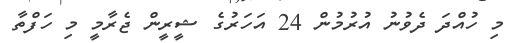
މި ހުއްދަ ދެވުނު އުރުމުން 24 އަހަރުގެ ޝީރީން ޖެރާމީ މި ހަފްތާ